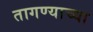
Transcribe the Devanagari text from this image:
तागण्याच्या